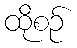
ထိုစဉ်